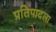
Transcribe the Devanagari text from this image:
प्रतिपादला